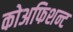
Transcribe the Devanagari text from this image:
कोअफिशन्ट